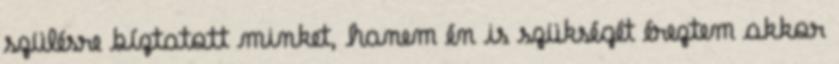
szülésre bíztatott minket, hanem én is szükségét éreztem akkor